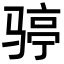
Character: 𩨆